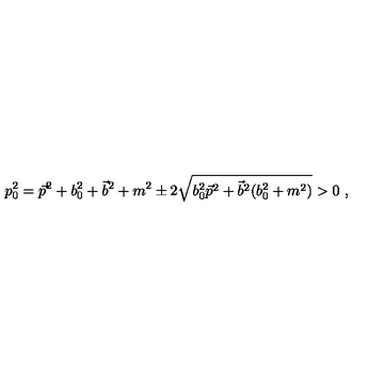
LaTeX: p _ { 0 } ^ { 2 } = \vec { p } ^ { 2 } + b _ { 0 } ^ { 2 } + \vec { b } ^ { 2 } + m ^ { 2 } \pm 2 \sqrt { b _ { 0 } ^ { 2 } \vec { p } ^ { 2 } + \vec { b } ^ { 2 } ( b _ { 0 } ^ { 2 } + m ^ { 2 } ) } > 0 \ ,